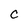
Character: C